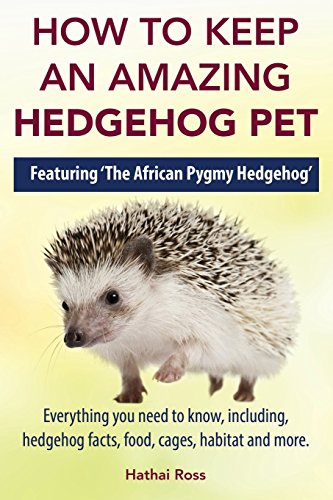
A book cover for How to Keep an Amazing Hedgehog Pet. Featuring 'The African Pygmy Hedgehog' !!: Everything you Need to Know, Including, Hedgehog Facts, Food, Cages, Habitat and More; Hathai Ross; Crafts, Hobbies & Home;